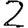
Digit: 2